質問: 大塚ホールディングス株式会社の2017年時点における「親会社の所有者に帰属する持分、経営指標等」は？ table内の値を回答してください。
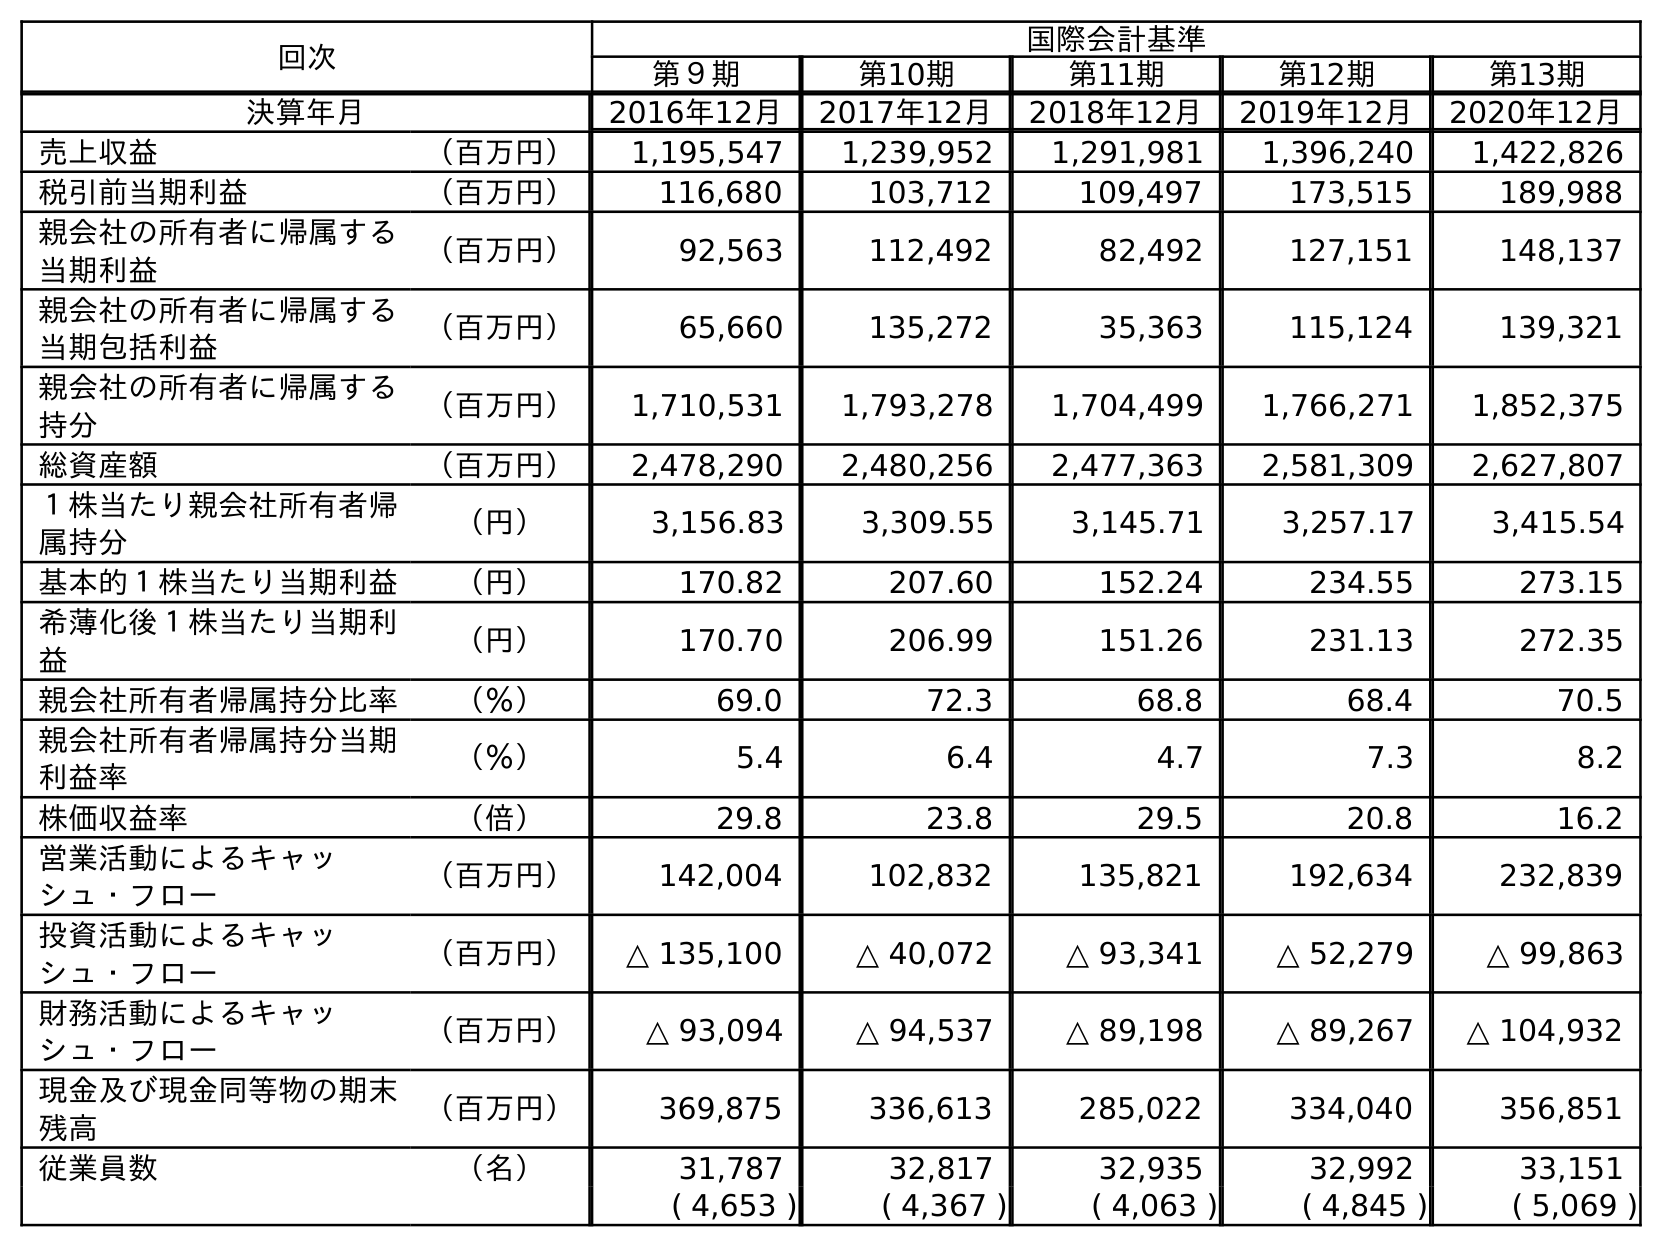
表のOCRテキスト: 回次 国際会計基準 第９期 第10期 第11期 第12期 第13期 決算年月 2016年12月 2017年12月 2018年12月 2019年12月 2020年12月 売上収益 （百万円） 1,195,547 1,239,952 1,291,981 1,396,240 1,422,826 税引前当期利益 （百万円） 116,680 103,712 109,497 173,515 189,988 親会社の所有者に帰属する 当期利益 （百万円） 92,563 112,492 82,492 127,151 148,137 親会社の所有者に帰属する 当期包括利益 （百万円） 65,660 135,272 35,363 115,124 139,321 親会社の所有者に帰属する 持分 （百万円） 1,710,531 1,793,278 1,704,499 1,766,271 1,852,375 総資産額 （百万円） 2,478,290 2,480,256 2,477,363 2,581,309 2,627,807 １株当たり親会社所有者帰 属持分 （円） 3,156.83 3,309.55 3,145.71 3,257.17 3,415.54 基本的１株当たり当期利益 （円） 170.82 207.60 152.24 234.55 273.15 希薄化後１株当たり当期利 益 （円） 170.70 206.99 151.26 231.13 272.35 親会社所有者帰属持分比率 （％） 69.0 72.3 68.8 68.4 70.5 親会社所有者帰属持分当期 利益率 （％） 5.4 6.4 4.7 7.3 8.2 株価収益率 （倍） 29.8 23.8 29.5 20.8 16.2 営業活動によるキャッ シュ・フロー （百万円） 142,004 102,832 135,821 192,634 232,839 投資活動によるキャッ シュ・フロー （百万円） △ 135,100 △ 40,072 △ 93,341 △ 52,279 △ 99,863 財務活動によるキャッ シュ・フロー （百万円） △ 93,094 △ 94,537 △ 89,198 △ 89,267 △ 104,932 現金及び現金同等物の期末 残高 （百万円） 369,875 336,613 285,022 334,040 356,851 従業員数 （名） 31,787 32,817 32,935 32,992 33,151 ( 4,653 ) ( 4,367 ) ( 4,063 ) ( 4,845 ) ( 5,069 )
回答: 1,793,278